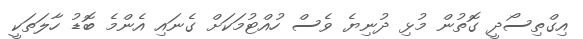
އިގްތިސޯދީ ގޮތުން މުޅި ދުނިޔެ ވެސް ހުއްޓުމަކަށް ގެނައި އެންމެ ބޮޑު ހާލަތަކީ